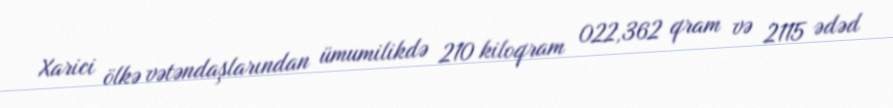
Xarici ölkə vətəndaşlarından ümumilikdə 210 kiloqram 022,362 qram və 2115 ədəd